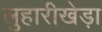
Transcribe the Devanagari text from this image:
लुहारीखेड़ा